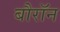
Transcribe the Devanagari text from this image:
बौरॉन